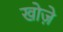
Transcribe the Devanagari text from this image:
खोज़े